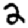
Digit: 2